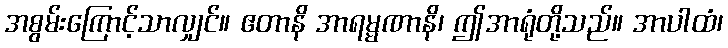
အစွမ်းကြောင့်သာလျှင်။ ဧတာနိ အာရမ္မဏာနိ၊ ဤအာရုံတို့သည်။ အာပါထံ၊